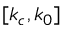
[ k _ { c } , k _ { 0 } ]